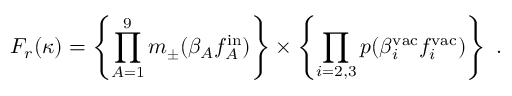
F _ { r } ( \kappa ) = \left\{ \prod _ { A = 1 } ^ { 9 } m _ { \pm } ( \beta _ { A } f _ { A } ^ { \mathrm { i n } } ) \right\} \times \left\{ \prod _ { i = 2 , 3 } p ( \beta _ { i } ^ { \mathrm { v a c } } f _ { i } ^ { \mathrm { v a c } } ) \right\} \ .